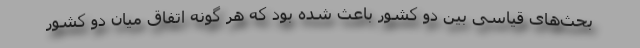
بحث‌های قیاسی بین دو کشور باعث شده بود که هر گونه اتفاق میان دو کشور